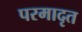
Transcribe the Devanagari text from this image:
परमादृत